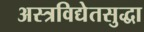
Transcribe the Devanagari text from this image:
अस्त्रविद्येतसुद्धा